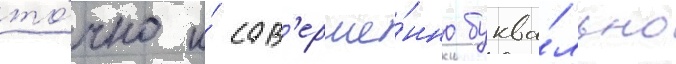
то́чно и́ сов'ерше́нно буква́льно